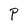
Character: P